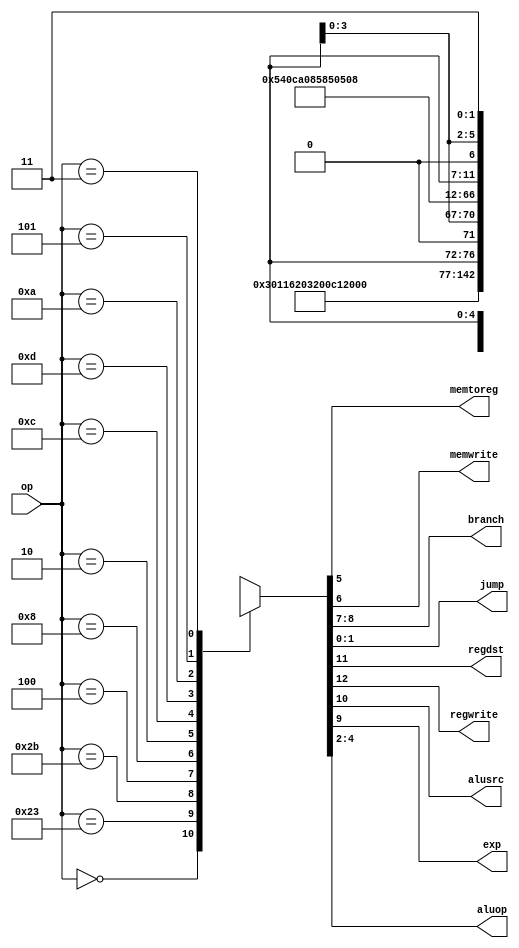
module maindec(input [5:0] op,
               output memtoreg, memwrite,
               output [1:0] branch, jump,
               output regdst, regwrite,
               output alusrc, exp,
               output [2:0] aluop);
    reg [12:0] controls;
    assign {regwrite, regdst, alusrc, exp, branch,
            memwrite, memtoreg, aluop, jump} = controls;
            
    always @ (*)
        case(op)
            6'b000000: controls <= 13'b1100000001000; //Rtype
            6'b100011: controls <= 13'b1011000100000; //LW
            6'b101011: controls <= 13'b0011001000000; //SW
            6'b000100: controls <= 13'b0001100000100; //BEQ
            6'b001000: controls <= 13'b1011000000000; //ADDI
            6'b000010: controls <= 13'b0xxxxx0xxxx10; //J
            6'b001100: controls <= 13'b1010000001100; //andi
            6'b001101: controls <= 13'b1010000010000; //ori
            6'b001010: controls <= 13'b1011000010100; //slti
            //nop
            6'b000101: controls <= 13'b0001010000100; //bne
            6'b000011: controls <= 13'b0xxxxx0xxxx11; //jal
            default:   controls <= 13'bxxxxxxxxxxxx;
        endcase
endmodule